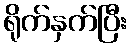
ရိုက်နှက်ပြီး